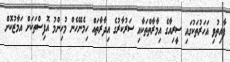
ފާއިތުވި އަހަރުތަކުގައި ސީރިއާގެ އިމާރާތްތަކާއި ސަރުކާރުގެ އިދާރާތައް ހިމެނޭހެން މުހިންމު އޮފިސްތަކަށް އަމާޒުކޮށް